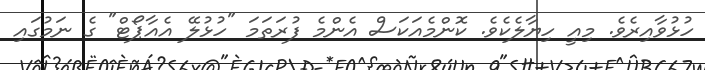
ހުޅުވާއިރެވެ. މިއީ ހިޔާލެކެވެ. ކޮންމެއަކަސް އެންމެ ފުރަތަމަ "ހުޅުލޭ އެއާޕޯޓް" ގެ ނަމުގައި